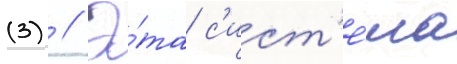
(3) // Э́та с'ист'е́ма